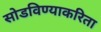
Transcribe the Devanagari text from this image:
सोडविण्याकरिता